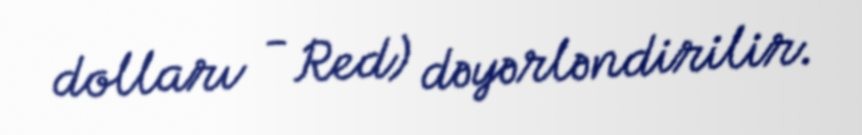
dolları - Red) dəyərləndirilir.